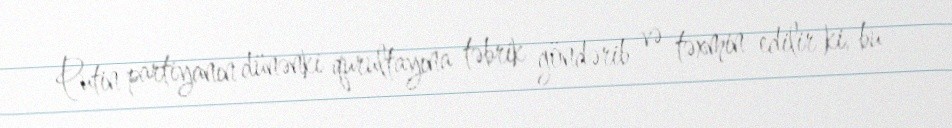
Putin partiyanın dünənki qurultayına təbrik göndərib və təxmin edilir ki, bu